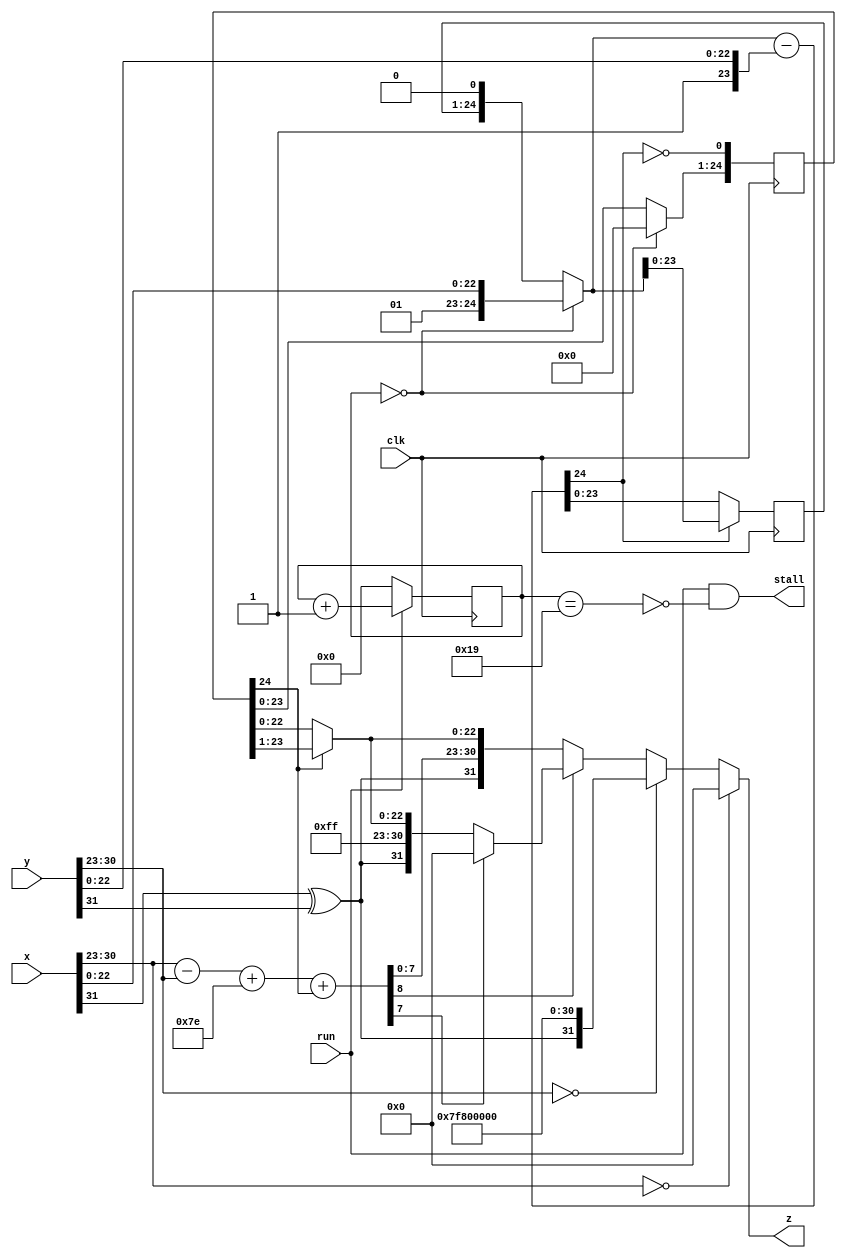
`timescale 1ns / 1ps   // NW 18.9.2015

module FPDivider(
    input clk, run,
    input [31:0] x,
    input [31:0] y,
    output stall,
    output [31:0] z);

reg [4:0] S;  // state
reg [23:0] R;
reg [24:0] Q;

wire sign;
wire [7:0] xe, ye;
wire [8:0] e0, e1;
wire [24:0] r0, r1, d, q0;
wire [23:0] z0;

assign sign = x[31]^y[31];
assign xe = x[30:23];
assign ye = y[30:23];
assign e0 = {1'b0, xe} - {1'b0, ye};
assign e1 = e0 + 126 + Q[24];
assign stall = run & ~(S == 25);

assign r0 = (S == 0) ? {2'b1, x[22:0]} : {R, 1'b0};
assign d = r0 - {2'b1, y[22:0]};
assign r1 = d[24] ? r0 : d;
assign q0 = (S == 0) ? 0 : Q;

assign z0 = Q[24] ? Q[24:1] : Q[23:0];
assign z = (xe == 0) ? 0 :
  (ye == 0) ? {sign, 8'b11111111, 23'b0} :
  (~e1[8]) ? {sign, e1[7:0], z0[22:0]} :
  (~e1[7]) ? {sign, 8'b11111111, z0[22:0]} : 0;

always @ (posedge(clk)) begin
  R <= r1[23:0];
  Q <= {q0[23:0], ~d[24]};
  S <= run ? S+1 : 0;
end
endmodule